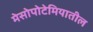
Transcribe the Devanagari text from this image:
मेसोपोटेमियातील